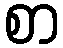
စာ